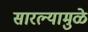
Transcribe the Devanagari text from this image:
सारल्यामुळे